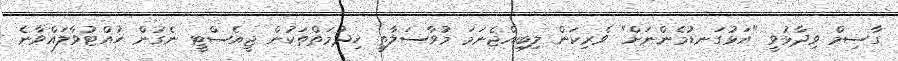
ގާސިމް ވިދާޅުވީ "އަޅުގަނޑުމެންނަށް" ވެރިކަން ލިބިއްޖެނަމަ މުވާސަލާތީ ހިދުމަތްތަކުން ޖީއެސްޓީ ނެގުން ހުއްޓުވާލައްވާނެ